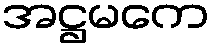
အဋ္ဌမကေ